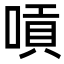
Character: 嗊